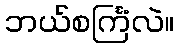
ဘယ်စင်္ကြံလဲ။